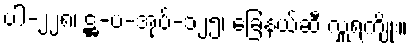
ပါ-၂၂၈၊ ဋ္ဌ-ပ-အုပ်-၁၂၅၊ ခြေနယ်ဆီ လှူရကျိုး။